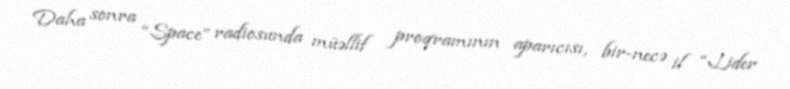
Daha sonra “Space” radiosunda müəllif proqramının aparıcısı, bir-necə il “Lider